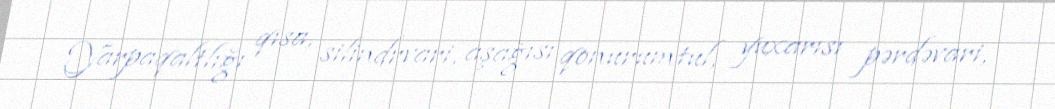
Yarpaqaltlığı qısa, silindrvari, aşağısı qonurumtul, yuxarısı pərdəvari,